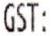
GST: